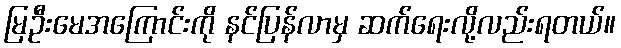
မြဦးမေအကြောင်းကို နင်ပြန်လာမှ ဆက်ရေးလို့လည်းရတယ်။